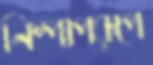
নিষ্পাপরূপে